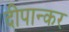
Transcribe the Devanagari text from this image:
दीपान्कर